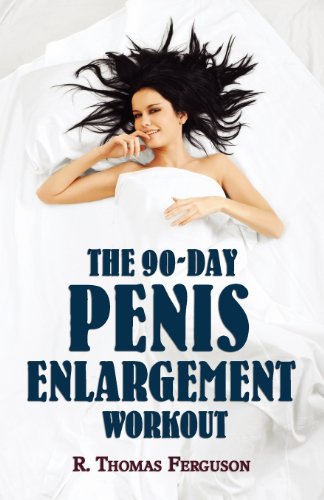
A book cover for The 90-Day Penis Enlargement Workout (How to Enlarge Your Penis in 90 Days Using Your Hands Only.); R. Thomas Ferguson; Health, Fitness & Dieting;